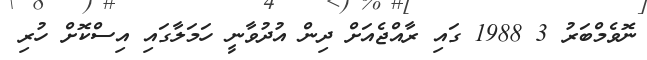
ނޮވެމްބަރު 3 1988 ގައި ރާއްޖެއަށް ދިން އުދުވާނީ ހަމަލާގައި އިސްކޮށް ހުރި